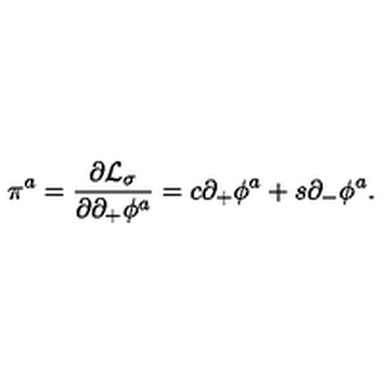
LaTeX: \pi ^ { a } = { \frac { \partial { \cal L } _ { \sigma } } { \partial \partial _ { + } \phi ^ { a } } } = c \partial _ { + } \phi ^ { a } + s \partial _ { - } \phi ^ { a } .